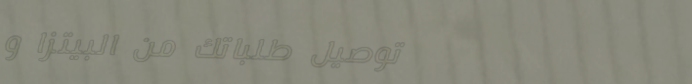
توصيل طلباتك من البيتزا و